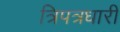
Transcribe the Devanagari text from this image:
त्रिपत्रधारी